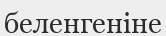
беленгеніне